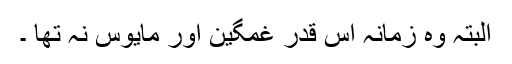
البتہ وہ زمانہ اس قدر غمگین اور مایوس نہ تھا ۔